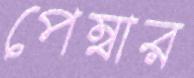
পেম্বার